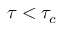
\tau < \tau _ { c }